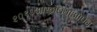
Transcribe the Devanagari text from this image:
२०१०आस्ट्रलियाओपेन